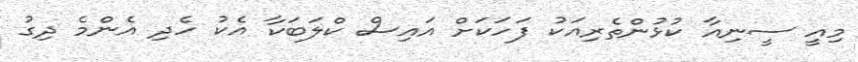
މިއީ ސީނިއާ ކުޅުންތެރިއަކު ފަހަކަށް އައިސް ކްލަބަކާ އެކު ހެދި އެންމެ ދިގު